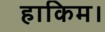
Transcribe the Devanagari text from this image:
हाकिम।